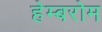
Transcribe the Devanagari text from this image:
हेम्बरोम